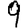
Digit: 9